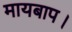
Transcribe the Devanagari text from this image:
मायबाप।